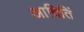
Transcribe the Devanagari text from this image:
आदितिं